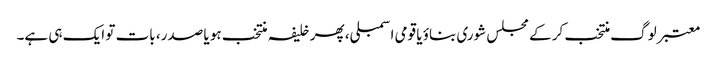
معتبر لوگ منتخب کر کے مجلس شوری بناؤ یا قومی اسمبلی، پھر خلیفہ منتخب ہو یا صدر، بات تو ایک ہی ہے۔